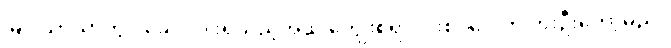
မြိုင်သာယာတွင် ခေါင်းပါးရသည့်အထဲ ကျွေးစရာ ပါးစပ်ပေါက် တိုးဦးတော့မည်။